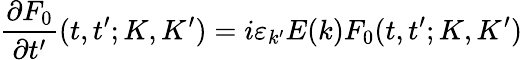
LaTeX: \frac{\partial F_{0}}{\partial t^{\prime}}(t,t^{\prime};K,K^{\prime})=i\varepsilon_{k^{\prime}}E(k)F_{0}(t,t^{\prime};K,K^{\prime})